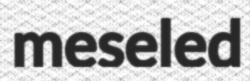
meseled